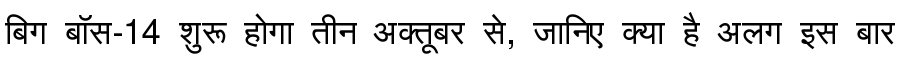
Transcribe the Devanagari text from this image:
बिग बॉस-14 शुरू होगा तीन अक्तूबर से, जानिए क्या है अलग इस बार